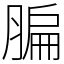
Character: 䐔